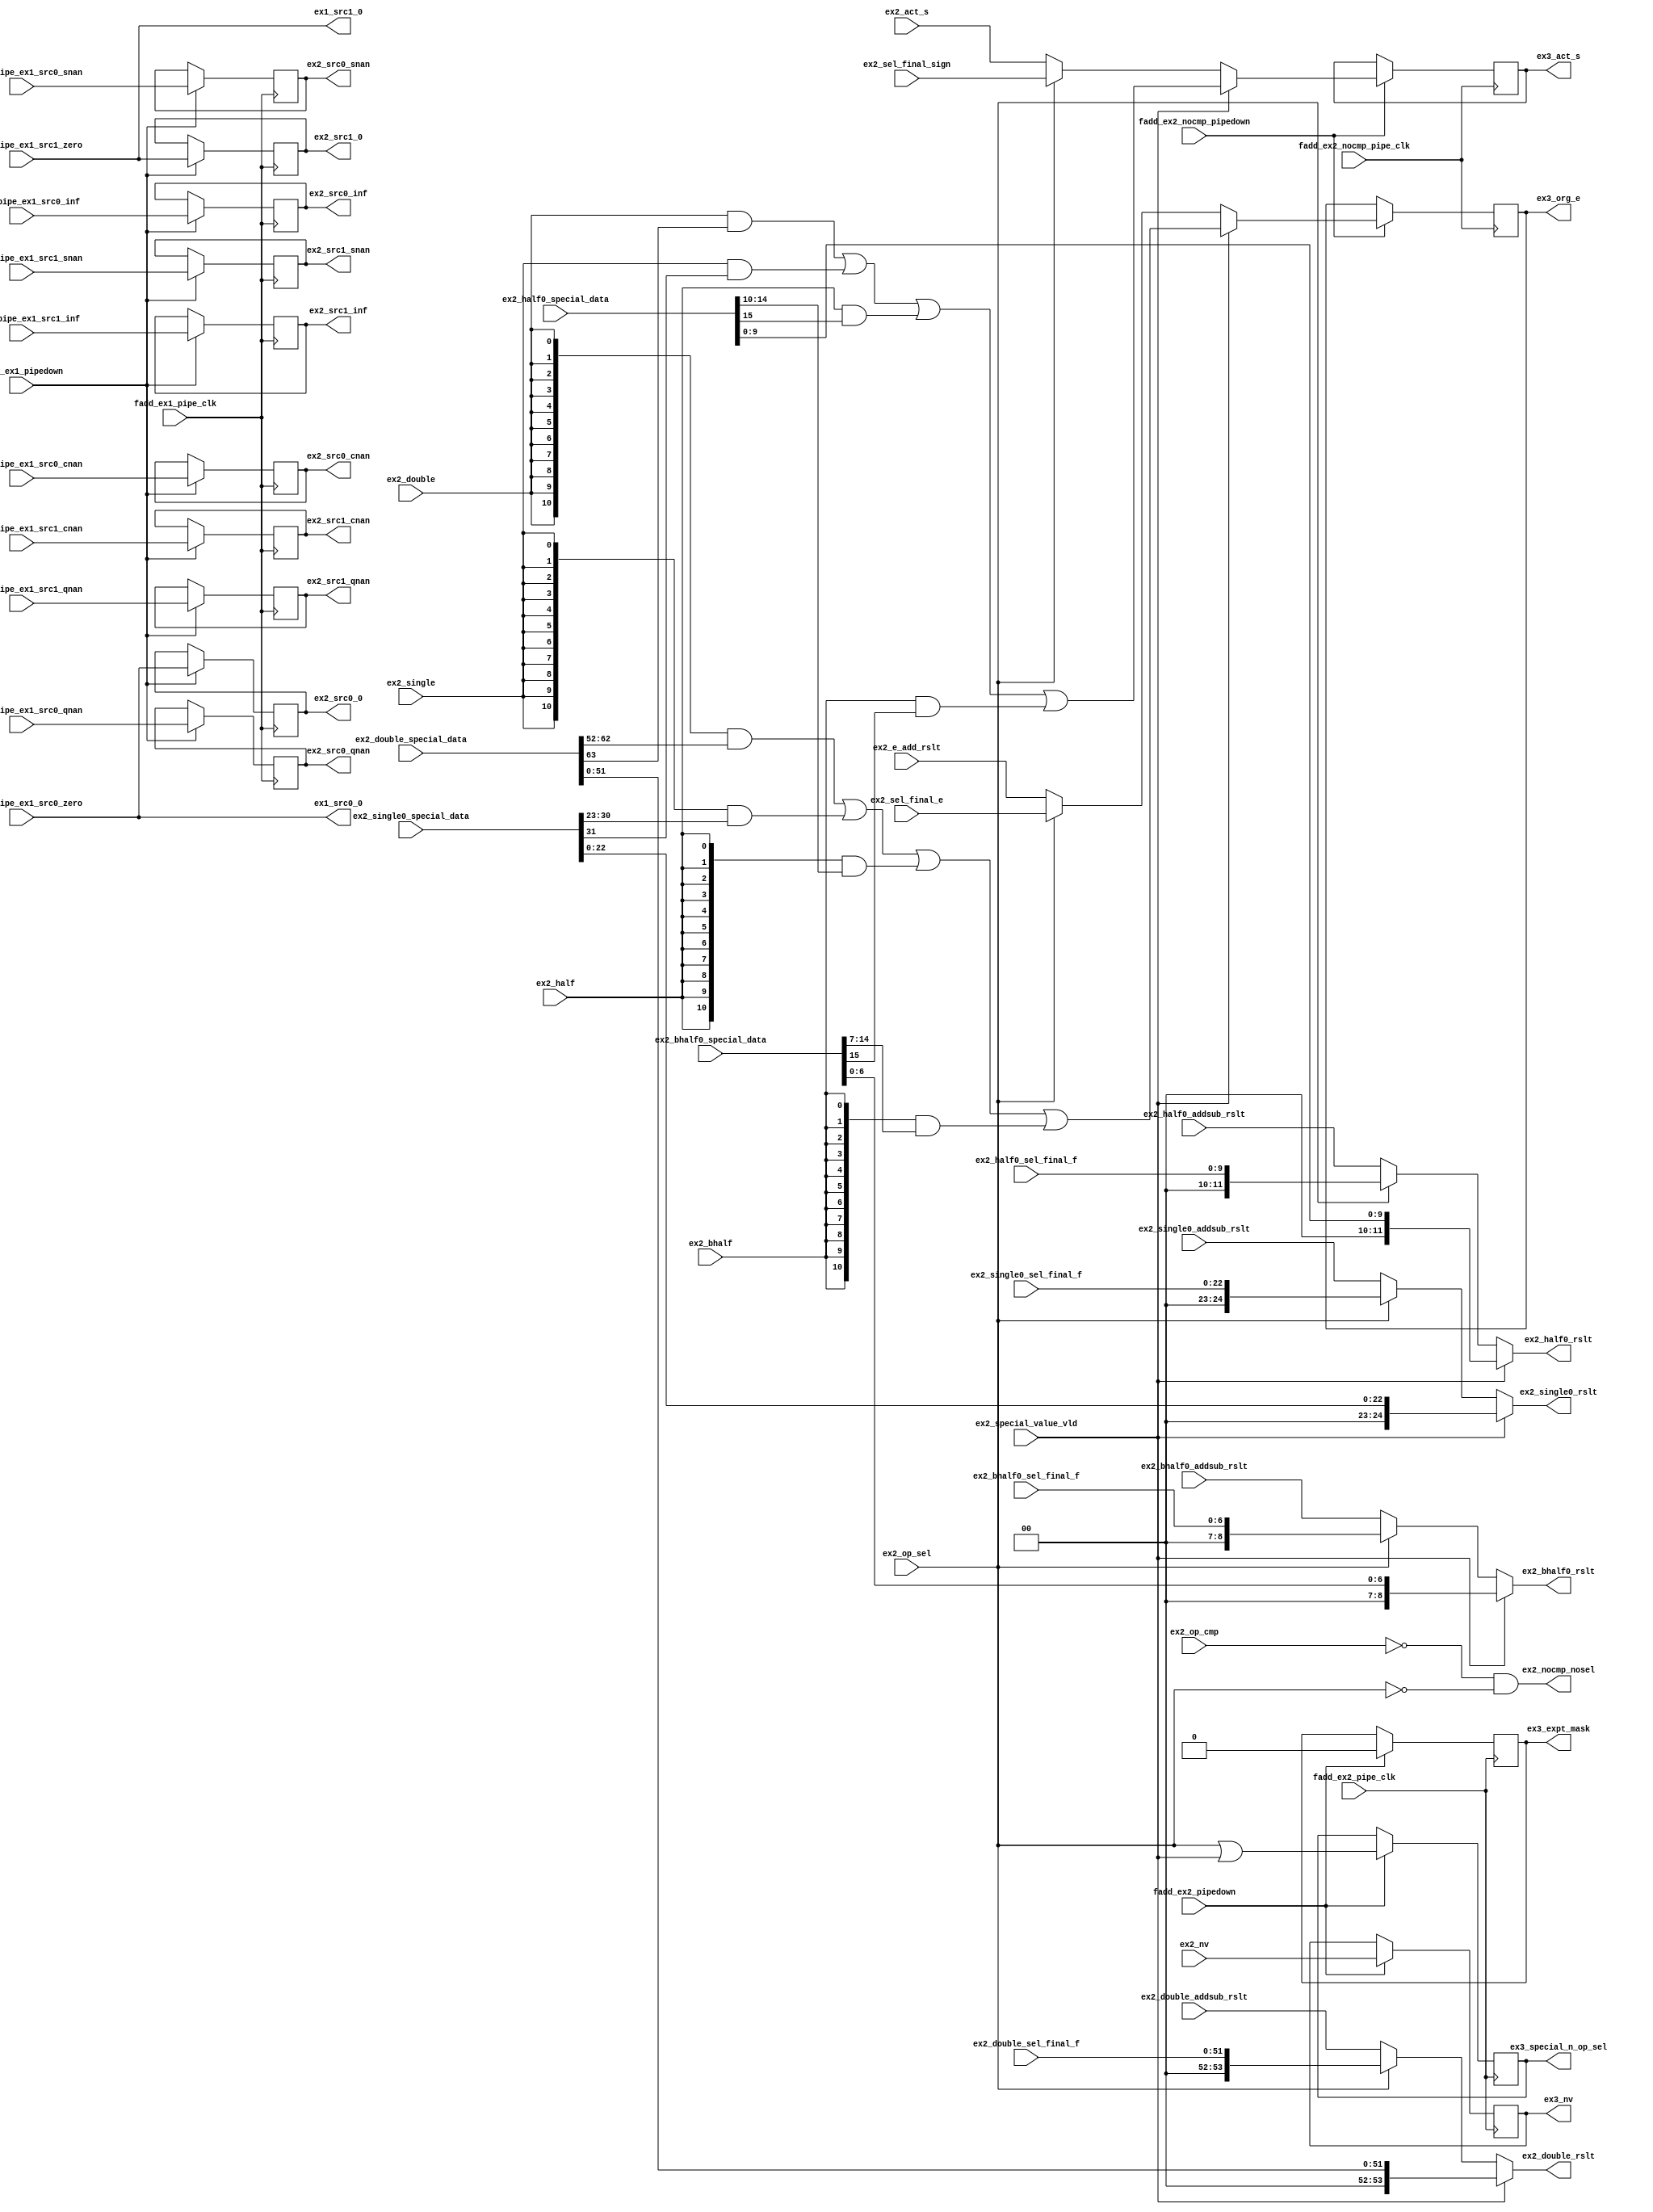
/*Copyright 2020-2021 T-Head Semiconductor Co., Ltd.

Licensed under the Apache License, Version 2.0 (the "License");
you may not use this file except in compliance with the License.
You may obtain a copy of the License at

    http://www.apache.org/licenses/LICENSE-2.0

Unless required by applicable law or agreed to in writing, software
distributed under the License is distributed on an "AS IS" BASIS,
WITHOUT WARRANTIES OR CONDITIONS OF ANY KIND, either express or implied.
See the License for the specific language governing permissions and
limitations under the License.
*/

// &ModuleBeg; @26
module aq_fadd_double_dp(
  double_pipe_ex1_src0_cnan,
  double_pipe_ex1_src0_inf,
  double_pipe_ex1_src0_qnan,
  double_pipe_ex1_src0_snan,
  double_pipe_ex1_src0_zero,
  double_pipe_ex1_src1_cnan,
  double_pipe_ex1_src1_inf,
  double_pipe_ex1_src1_qnan,
  double_pipe_ex1_src1_snan,
  double_pipe_ex1_src1_zero,
  ex1_src0_0,
  ex1_src1_0,
  ex2_act_s,
  ex2_bhalf,
  ex2_bhalf0_addsub_rslt,
  ex2_bhalf0_rslt,
  ex2_bhalf0_sel_final_f,
  ex2_bhalf0_special_data,
  ex2_double,
  ex2_double_addsub_rslt,
  ex2_double_rslt,
  ex2_double_sel_final_f,
  ex2_double_special_data,
  ex2_e_add_rslt,
  ex2_half,
  ex2_half0_addsub_rslt,
  ex2_half0_rslt,
  ex2_half0_sel_final_f,
  ex2_half0_special_data,
  ex2_nocmp_nosel,
  ex2_nv,
  ex2_op_cmp,
  ex2_op_sel,
  ex2_sel_final_e,
  ex2_sel_final_sign,
  ex2_single,
  ex2_single0_addsub_rslt,
  ex2_single0_rslt,
  ex2_single0_sel_final_f,
  ex2_single0_special_data,
  ex2_special_value_vld,
  ex2_src0_0,
  ex2_src0_cnan,
  ex2_src0_inf,
  ex2_src0_qnan,
  ex2_src0_snan,
  ex2_src1_0,
  ex2_src1_cnan,
  ex2_src1_inf,
  ex2_src1_qnan,
  ex2_src1_snan,
  ex3_act_s,
  ex3_expt_mask,
  ex3_nv,
  ex3_org_e,
  ex3_special_n_op_sel,
  fadd_ex1_pipe_clk,
  fadd_ex1_pipedown,
  fadd_ex2_nocmp_pipe_clk,
  fadd_ex2_nocmp_pipedown,
  fadd_ex2_pipe_clk,
  fadd_ex2_pipedown
);

// &Ports @27
input           double_pipe_ex1_src0_cnan; 
input           double_pipe_ex1_src0_inf; 
input           double_pipe_ex1_src0_qnan; 
input           double_pipe_ex1_src0_snan; 
input           double_pipe_ex1_src0_zero; 
input           double_pipe_ex1_src1_cnan; 
input           double_pipe_ex1_src1_inf; 
input           double_pipe_ex1_src1_qnan; 
input           double_pipe_ex1_src1_snan; 
input           double_pipe_ex1_src1_zero; 
input           ex2_act_s;                
input           ex2_bhalf;                
input   [8 :0]  ex2_bhalf0_addsub_rslt;   
input   [6 :0]  ex2_bhalf0_sel_final_f;   
input   [15:0]  ex2_bhalf0_special_data;  
input           ex2_double;               
input   [53:0]  ex2_double_addsub_rslt;   
input   [51:0]  ex2_double_sel_final_f;   
input   [63:0]  ex2_double_special_data;  
input   [10:0]  ex2_e_add_rslt;           
input           ex2_half;                 
input   [11:0]  ex2_half0_addsub_rslt;    
input   [9 :0]  ex2_half0_sel_final_f;    
input   [15:0]  ex2_half0_special_data;   
input           ex2_nv;                   
input           ex2_op_cmp;               
input           ex2_op_sel;               
input   [10:0]  ex2_sel_final_e;          
input           ex2_sel_final_sign;       
input           ex2_single;               
input   [24:0]  ex2_single0_addsub_rslt;  
input   [22:0]  ex2_single0_sel_final_f;  
input   [31:0]  ex2_single0_special_data; 
input           ex2_special_value_vld;    
input           fadd_ex1_pipe_clk;        
input           fadd_ex1_pipedown;        
input           fadd_ex2_nocmp_pipe_clk;  
input           fadd_ex2_nocmp_pipedown;  
input           fadd_ex2_pipe_clk;        
input           fadd_ex2_pipedown;        
output          ex1_src0_0;               
output          ex1_src1_0;               
output  [8 :0]  ex2_bhalf0_rslt;          
output  [53:0]  ex2_double_rslt;          
output  [11:0]  ex2_half0_rslt;           
output          ex2_nocmp_nosel;          
output  [24:0]  ex2_single0_rslt;         
output          ex2_src0_0;               
output          ex2_src0_cnan;            
output          ex2_src0_inf;             
output          ex2_src0_qnan;            
output          ex2_src0_snan;            
output          ex2_src1_0;               
output          ex2_src1_cnan;            
output          ex2_src1_inf;             
output          ex2_src1_qnan;            
output          ex2_src1_snan;            
output          ex3_act_s;                
output          ex3_expt_mask;            
output          ex3_nv;                   
output  [10:0]  ex3_org_e;                
output          ex3_special_n_op_sel;     

// &Regs; @28
reg             ex2_src0_0;               
reg             ex2_src0_cnan;            
reg             ex2_src0_inf;             
reg             ex2_src0_qnan;            
reg             ex2_src0_snan;            
reg             ex2_src1_0;               
reg             ex2_src1_cnan;            
reg             ex2_src1_inf;             
reg             ex2_src1_qnan;            
reg             ex2_src1_snan;            
reg             ex3_act_s;                
reg             ex3_expt_mask;            
reg             ex3_nv;                   
reg     [10:0]  ex3_org_e;                
reg             ex3_special_n_op_sel;     

// &Wires; @29
wire            double_pipe_ex1_src0_cnan; 
wire            double_pipe_ex1_src0_inf; 
wire            double_pipe_ex1_src0_qnan; 
wire            double_pipe_ex1_src0_snan; 
wire            double_pipe_ex1_src0_zero; 
wire            double_pipe_ex1_src1_cnan; 
wire            double_pipe_ex1_src1_inf; 
wire            double_pipe_ex1_src1_qnan; 
wire            double_pipe_ex1_src1_snan; 
wire            double_pipe_ex1_src1_zero; 
wire            ex1_src0_0;               
wire            ex1_src0_cnan;            
wire            ex1_src0_inf;             
wire            ex1_src0_qnan;            
wire            ex1_src0_snan;            
wire            ex1_src1_0;               
wire            ex1_src1_cnan;            
wire            ex1_src1_inf;             
wire            ex1_src1_qnan;            
wire            ex1_src1_snan;            
wire            ex2_act_s;                
wire            ex2_act_sign;             
wire            ex2_bhalf;                
wire    [8 :0]  ex2_bhalf0_addsub_rslt;   
wire    [8 :0]  ex2_bhalf0_rslt;          
wire    [6 :0]  ex2_bhalf0_sel_final_f;   
wire    [15:0]  ex2_bhalf0_special_data;  
wire            ex2_double;               
wire    [53:0]  ex2_double_addsub_rslt;   
wire    [53:0]  ex2_double_rslt;          
wire    [51:0]  ex2_double_sel_final_f;   
wire    [63:0]  ex2_double_special_data;  
wire    [10:0]  ex2_e_add_rslt;           
wire            ex2_half;                 
wire    [11:0]  ex2_half0_addsub_rslt;    
wire    [11:0]  ex2_half0_rslt;           
wire    [9 :0]  ex2_half0_sel_final_f;    
wire    [15:0]  ex2_half0_special_data;   
wire            ex2_nocmp_nosel;          
wire            ex2_nv;                   
wire            ex2_nv_final;             
wire            ex2_op_cmp;               
wire            ex2_op_sel;               
wire    [10:0]  ex2_org_e;                
wire            ex2_r_expt_mask;          
wire    [10:0]  ex2_sel_final_e;          
wire            ex2_sel_final_sign;       
wire            ex2_single;               
wire    [24:0]  ex2_single0_addsub_rslt;  
wire    [24:0]  ex2_single0_rslt;         
wire    [22:0]  ex2_single0_sel_final_f;  
wire    [31:0]  ex2_single0_special_data; 
wire    [10:0]  ex2_special_e;            
wire            ex2_special_n_op_sel;     
wire            ex2_special_sign;         
wire            ex2_special_value_vld;    
wire            fadd_ex1_pipe_clk;        
wire            fadd_ex1_pipedown;        
wire            fadd_ex2_nocmp_pipe_clk;  
wire            fadd_ex2_nocmp_pipedown;  
wire            fadd_ex2_pipe_clk;        
wire            fadd_ex2_pipedown;        


//assign ex1_act_sub = (ex1_op_add) &&
//                     (sa ^ sb) ||
//                     (ex1_op_sub  || ex1_op_cmp  || ex1_cmp_sel) &&
//                     (sa ^~ sb);
//assign ex1_act_s   = (ex1_es && ex1_cmp_sub)
//                   ? ~ex1_e_big_s
//                   : ex1_e_big_s;
//assign ex1_cmp_sub = ex1_op_sub || ex1_op_cmp || ex1_cmp_sel;
//assign ex1_cmp_sel = ex1_op_sel;


assign ex1_src0_cnan = double_pipe_ex1_src0_cnan;
assign ex1_src1_cnan = double_pipe_ex1_src1_cnan;
assign ex1_src0_snan = double_pipe_ex1_src0_snan;
assign ex1_src1_snan = double_pipe_ex1_src1_snan;
assign ex1_src0_qnan = double_pipe_ex1_src0_qnan;
assign ex1_src1_qnan = double_pipe_ex1_src1_qnan;
assign ex1_src0_inf  = double_pipe_ex1_src0_inf; 
assign ex1_src1_inf  = double_pipe_ex1_src1_inf; 
assign ex1_src0_0    = double_pipe_ex1_src0_zero;
assign ex1_src1_0    = double_pipe_ex1_src1_zero;

// &Force("output","ex1_src0_0"); @53
// &Force("output","ex1_src1_0"); @54
//==============================================================================
//                     EX1 pipedown to EX2
//==============================================================================
always @(posedge fadd_ex1_pipe_clk)
begin
  if(fadd_ex1_pipedown) begin
    ex2_src0_qnan         <= ex1_src0_qnan;
    ex2_src0_snan         <= ex1_src0_snan;
    ex2_src1_qnan         <= ex1_src1_qnan;
    ex2_src1_snan         <= ex1_src1_snan;
    ex2_src0_cnan         <= ex1_src0_cnan;
    ex2_src1_cnan         <= ex1_src1_cnan;
    ex2_src0_inf          <= ex1_src0_inf; 
    ex2_src1_inf          <= ex1_src1_inf; 
    ex2_src0_0            <= ex1_src0_0;   
    ex2_src1_0            <= ex1_src1_0;   
  end
end

//====================================
// compare and max/min source 0 and 1
//
//====================================

//===================================
// combine all of the result together
// the special result
// the maxmin result 
// the unorder sel result and so on
//===================================


// &Force("bus","ex2_unorder_result_f",63,0);                                                  @87
// &Force("bus","double_pipe_ex2_srcv2",63,0);                                                  @88
// &Force("bus","double_pipe_ex2_special_result",63,0); @89
                                                 
assign ex2_double_rslt[53:0]        = ex2_special_value_vld ? {2'b0,ex2_double_special_data[51:0]}   :
                                      ex2_op_sel ? {2'b0, ex2_double_sel_final_f[51:0]} 
                                                 : ex2_double_addsub_rslt[53:0];
assign ex2_single0_rslt[24:0]       = ex2_special_value_vld ? {2'b0,ex2_single0_special_data[22:0]}   :
                                      ex2_op_sel ? {2'b0, ex2_single0_sel_final_f[22:0]} 
                                                  : ex2_single0_addsub_rslt[24:0];
assign ex2_half0_rslt[11:0]         = ex2_special_value_vld ? {2'b0,ex2_half0_special_data[9:0]}    :
                                      ex2_op_sel ? {2'b0, ex2_half0_sel_final_f[9:0]} 
                                                  : ex2_half0_addsub_rslt[11:0];
assign ex2_bhalf0_rslt[8:0]         = ex2_special_value_vld ? {2'b0,ex2_bhalf0_special_data[6:0]}   :
                                      ex2_op_sel ? {2'b0, ex2_bhalf0_sel_final_f[6:0]} 
                                                  : ex2_bhalf0_addsub_rslt[8:0];

//=======================
// the expnt and sign
// combine together
//=======================
assign ex2_special_sign    = ex2_double && ex2_double_special_data[63]  || 
                             ex2_single && ex2_single0_special_data[31] ||
                             ex2_half   && ex2_half0_special_data[15]   ||
                             ex2_bhalf  && ex2_bhalf0_special_data[15];
assign ex2_special_e[10:0] = {11{ex2_double}} & ex2_double_special_data[62:52]         | 
                             {11{ex2_single}} & {3'b0,ex2_single0_special_data[30:23]} |
                             {11{ex2_half  }} & {6'b0,ex2_half0_special_data[14:10]}   |
                             {11{ex2_bhalf }} & {3'b0,ex2_bhalf0_special_data[14:7]};                                        
assign ex2_org_e[10:0]     = ex2_special_value_vld      ? ex2_special_e[10:0] :
                             ex2_op_sel                 ? ex2_sel_final_e[10:0] : ex2_e_add_rslt[10:0];
//assign ex2_e_adjust[5:0]   = ex2_e_adjust_pre[5:0];
assign ex2_act_sign        = ex2_special_value_vld      ? ex2_special_sign :
                             ex2_op_sel                 ? ex2_sel_final_sign : ex2_act_s;


assign ex2_nocmp_nosel     = !ex2_op_cmp && !ex2_op_sel;
//==============================================================================
//                          EX2 pipedown to EX3:
//==============================================================================
assign ex2_special_n_op_sel = ex2_op_sel || ex2_special_value_vld; 
assign ex2_r_expt_mask      = 1'b0;
assign ex2_nv_final         = ex2_nv;
always @(posedge fadd_ex2_pipe_clk)
begin
  if(fadd_ex2_pipedown) begin
    ex3_special_n_op_sel  <= ex2_special_n_op_sel;
    ex3_nv                <= ex2_nv_final;
    ex3_expt_mask         <= ex2_r_expt_mask;
  end
end

always @(posedge fadd_ex2_nocmp_pipe_clk)
begin
  if(fadd_ex2_nocmp_pipedown) begin
//    ex3_data[56:0]   <= ex2_final_rst[56:0];
    ex3_org_e[10:0]  <= ex2_org_e[10:0];
    ex3_act_s        <= ex2_act_sign;

  end
end
// &ModuleEnd; @190
endmodule